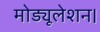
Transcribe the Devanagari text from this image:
मोड्यूलेशन।